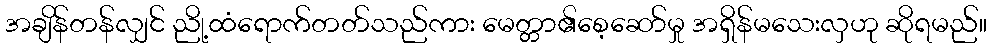
အချိန်တန်လျှင် ညို့ထံရောက်တတ်သည်ကား မေတ္တာ၏စေ့ဆော်မှု အရှိန်မသေးလှဟု ဆိုရမည်။